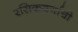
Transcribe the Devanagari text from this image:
रसिकवर्गाची